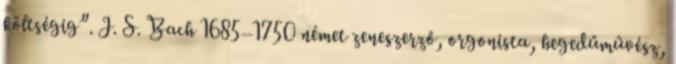
költségig”. J. S. Bach 1685–1750 német zeneszerző, orgonista, hegedűművész,